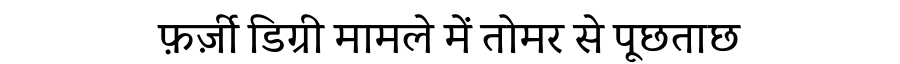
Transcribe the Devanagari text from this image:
फ़र्ज़ी डिग्री मामले में तोमर से पूछताछ